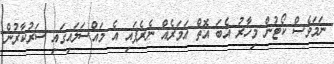
ނަމަވެސް ކޯޓުން މިހާރު އެބަ އޮތް އަމަރެއް ނެރެފައި އެ މައްސަލައިގައި ސަރުކާރުން